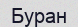
Буран